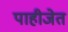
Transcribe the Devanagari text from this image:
पाहीजेत